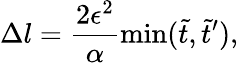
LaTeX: \Delta l=\frac{2\epsilon^{2}}{\alpha}\operatorname*{min}(\tilde{t},\tilde{t}^{\prime}),